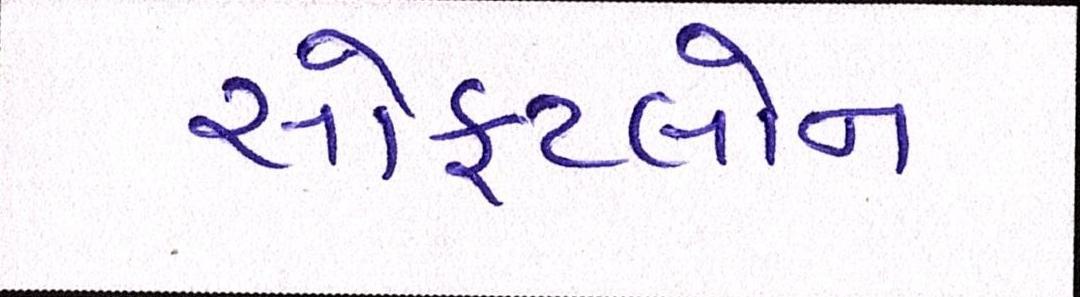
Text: સોફટલોન